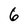
Character: 6